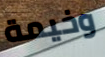
وخيمة